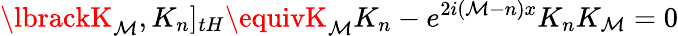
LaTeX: \lbrackK_{\mathcal{M}},K_{n}]_{tH}\equivK_{\mathcal{M}}K_{n}-e^{2i(\mathcal{M}-n)x}K_{n}K_{\mathcal{M}}=0